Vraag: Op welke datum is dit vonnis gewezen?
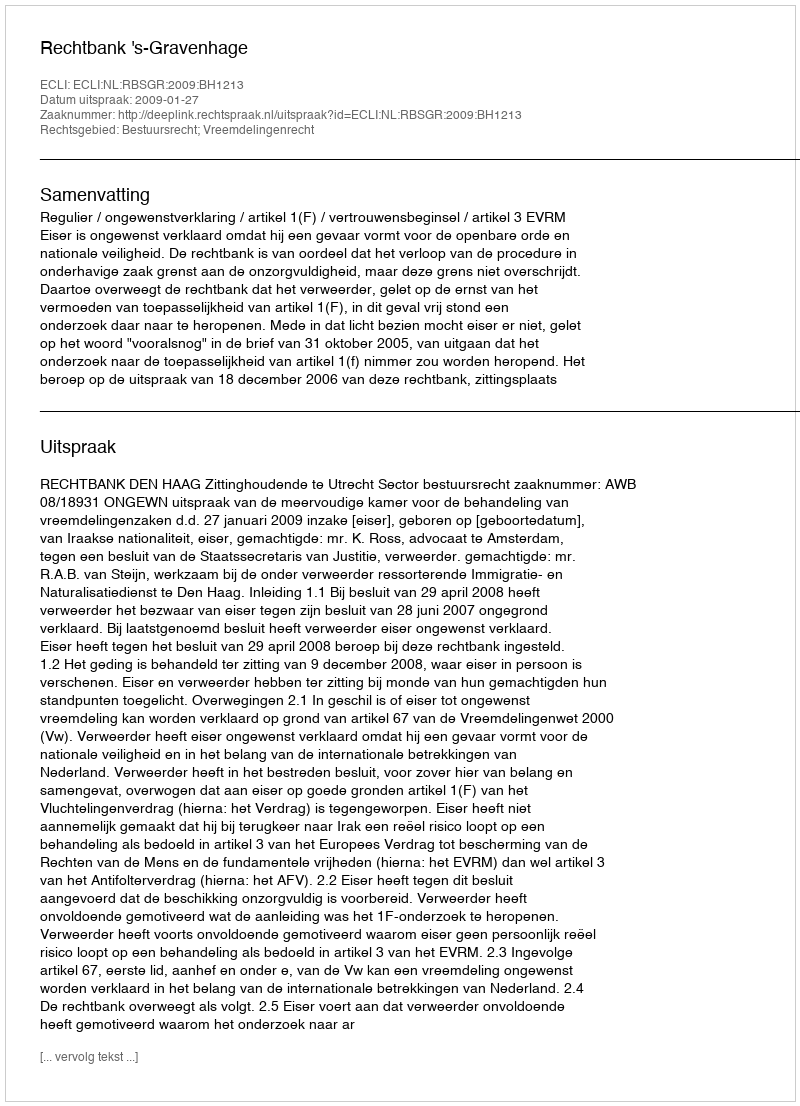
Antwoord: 2009-01-27